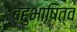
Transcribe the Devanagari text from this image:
बहुभाषित्व